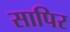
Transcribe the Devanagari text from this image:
सापिर